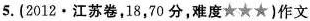
5.(2012 · 江苏卷，18，70分，难度★★★)作文